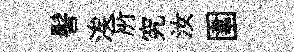
髻涘𠩄究汝圍